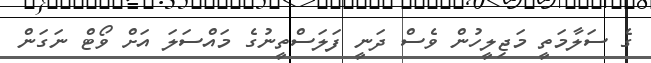
ގެ ސަލާމަތީ މަޖިލީހުން ވެސް ދަނީ ފަލަސްތީނުގެ މައްސަލަ އަށް ވޯޓް ނަގަން